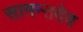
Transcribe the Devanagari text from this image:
सामन्तदेव